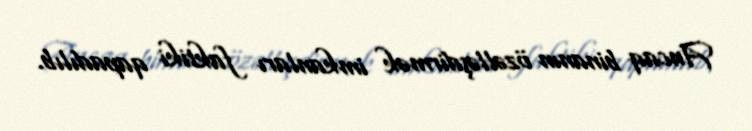
Ancaq binanın özəlləşdirmək imkanları faktiki qapadılıb.